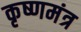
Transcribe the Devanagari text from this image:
कृष्णमंत्र